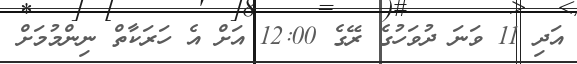
އަދި 11 ވަނަ ދުވަހުގެ ރޭގެ 12:00 އަށް އެ ހަރަކާތް ނިންމުމަށް